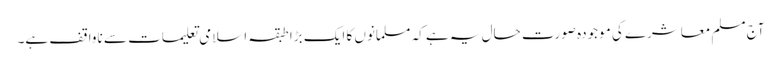
آج مسلم معاشرے کی موجودہ صورت حال یہ ہے کہ مسلمانوں کا ایک بڑا طبقہ اسلامی تعلیمات سے ناواقف ہے۔